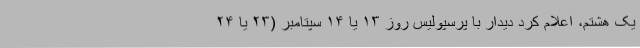
یک هشتم، اعلام کرد دیدار با پرسپولیس روز ۱۳ یا ۱۴ سپتامبر (۲۳ یا ۲۴